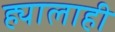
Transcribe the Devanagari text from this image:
ह्यालाही